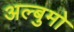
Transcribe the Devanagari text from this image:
अल्बुमो